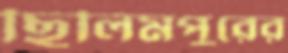
ছিলিমপুরের